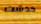
خدشت